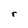
Character: r